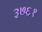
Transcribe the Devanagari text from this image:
३७६१